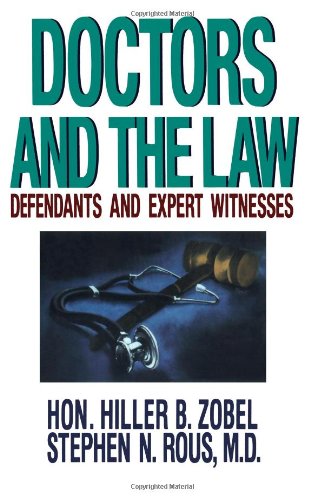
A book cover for Doctors and the Law: Defendants and Expert Witnesses; Hiller B. Zobel; Law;